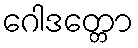
ဂေါဒတ္တော